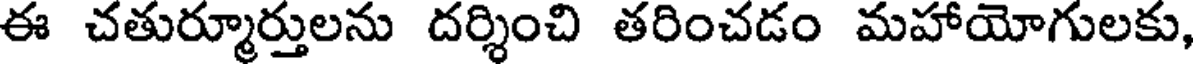
ఈ చతుర్మూర్తులను దర్శించి తరించడం మహాయోగులకు,